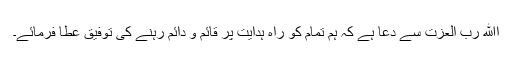
اﷲ رب العزت سے دعا ہے کہ ہم تمام کو راہِ ہدایت پر قائم و دائم رہنے کی توفیق عطا فرمائے۔